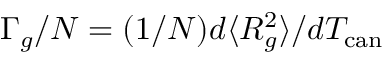
\Gamma _ { g } / N = ( 1 / N ) d \langle R _ { g } ^ { 2 } \rangle / d T _ { \mathrm { c a n } }